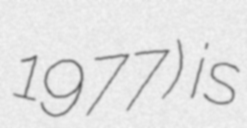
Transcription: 1977) is